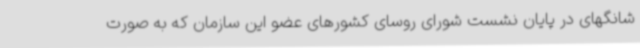
شانگهای در پایان نشست شورای روسای کشورهای عضو این سازمان که به صورت